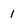
Character: 1